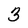
Character: 3